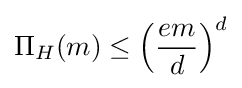
\Pi _{H}(m)\leq \left({\frac {em}{d}}\right)^{d}